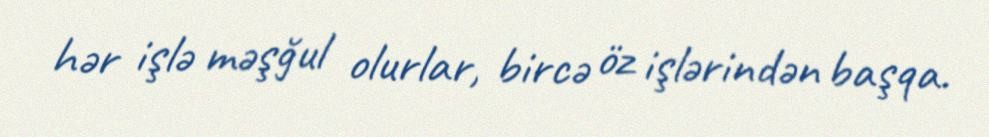
hər işlə məşğul olurlar, bircə öz işlərindən başqa.